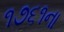
૧૭૬૧ના